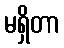
မရှိတာ